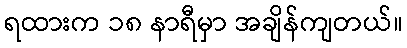
ရထားက ၁၈ နာရီမှာ အချိန်ကျတယ်။